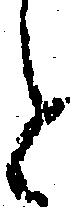
と